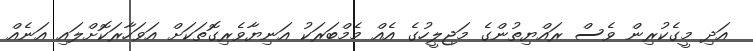
އަދި މީގެކުރިން ވެސް ރައްޔިތުންގެ މަޖިލީހުގެ އެއް މެމްބަރަކު އަނިޔާވެރިގޮތަކަށް އަވަހާރަކޮށްލައި އަނެއް